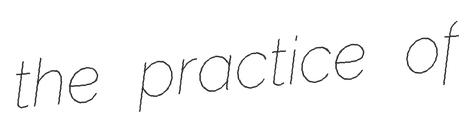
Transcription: the practice of